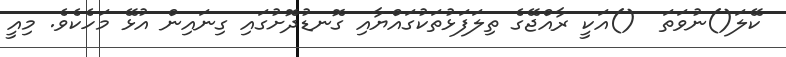
ކޭލަ()ނުވަތަ  ()އަކީ ރާއްޖޭގެ ތިލަފަޅުތަކުގައްޔާއި ގޮނޑުދޮށުގައި ގިނައިން އުޅޭ މަހެކެވެ. މިއީ